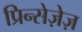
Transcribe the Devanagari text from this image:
प्रिन्सेज़ेज़